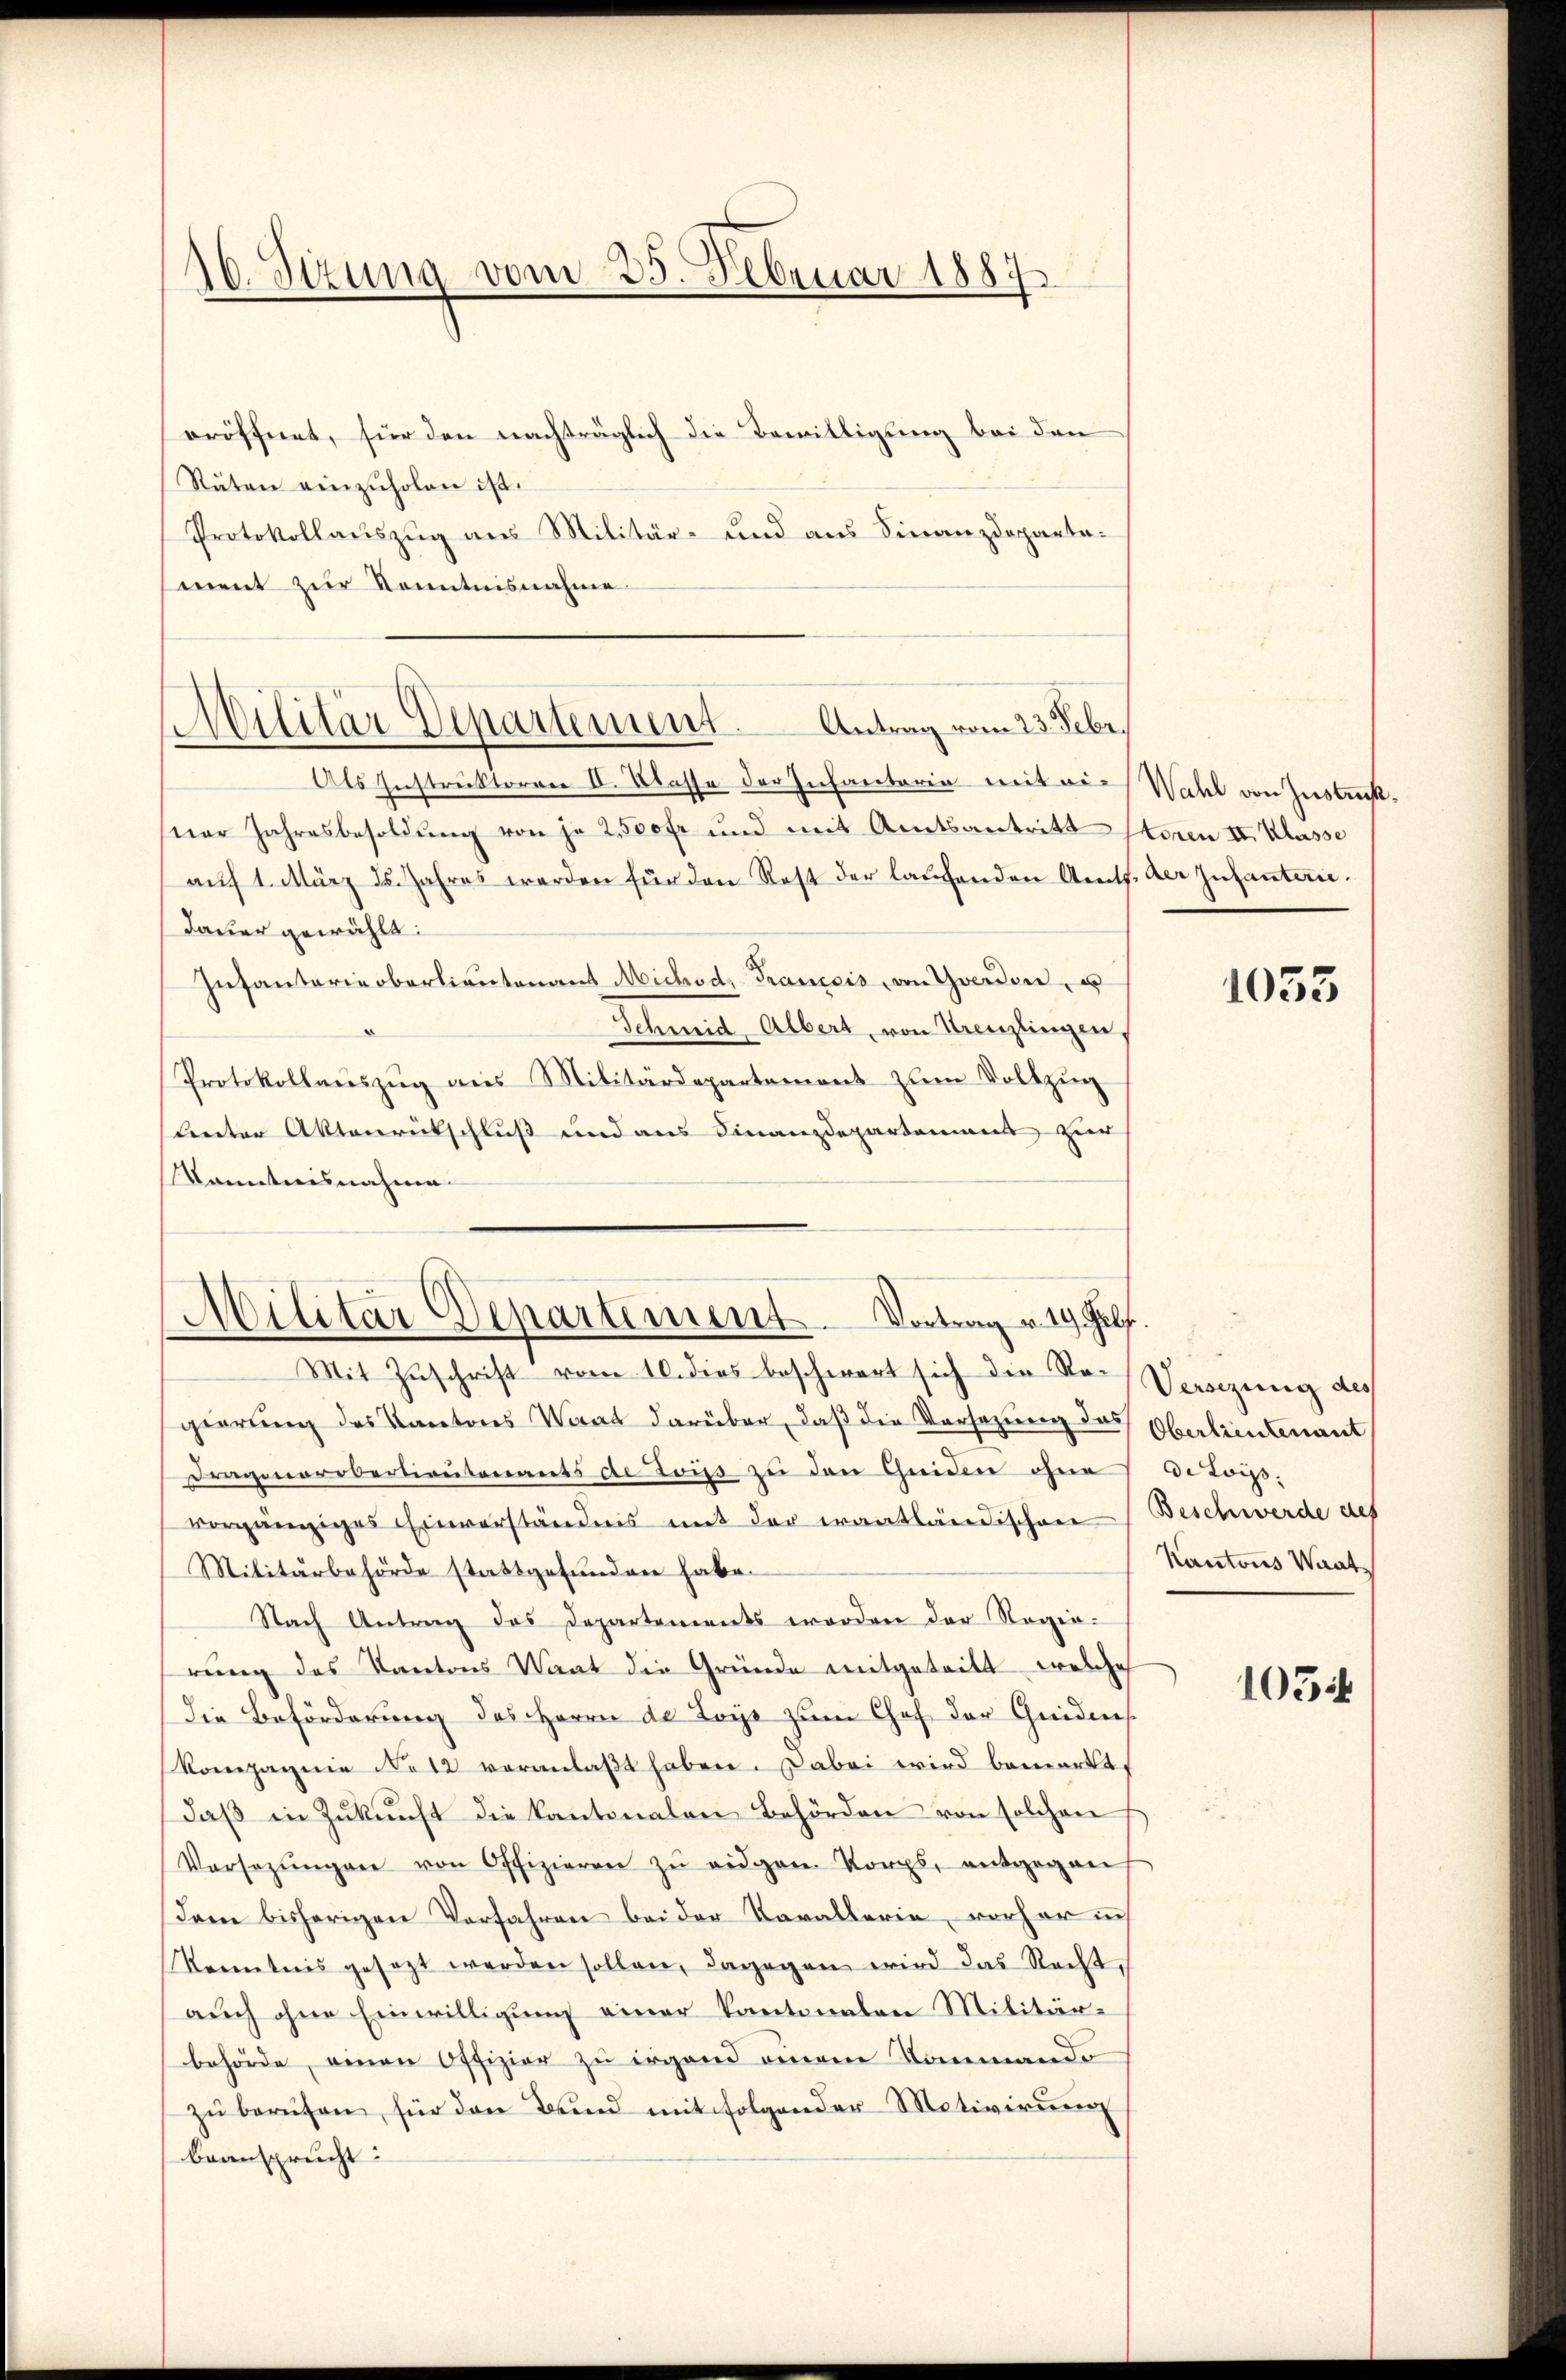
16. Sitzung vom 25. Februar 1887

eröffnet, für den nachträglich die Bewilligung bei den
Stäten einzuholen ist.
Protokollauszug aus Militär- und aus Finanzdepartement zur Kenntnisnahme.

Antrag vom 23. Febr.
Militär Departement.

Als Instruktoren II. Klasse der Infantaria mit die Wahl von Instruksner Jahresbesoldŭng von je 2500 fr und mit Amtsantritt Storen II. Klasse
aŭf 1. März ds. Jahres werden für den Rest der laufenden Amts. der Infanterie.
dauer gewählt:
Infantarie oberlieutenant Michod. Franceis von Goerden, u
Schmid Albert, von Kreuzlingen,
Protokollaŭszŭg ans Militärdepartemont zŭm Vollzŭg
Lnter Aktenrückschluß und aus Finanzdepartamens zur
Kenntnisnahme
Mit Zŭschrift vom 10. dies beschwert sich die Ro-Versezung des
gierung des Kantons Warat darüber, daß die Versezung des Oberlieutenant
Dragonerobertionsonants de Lois zu den Geiden ohne de Lois,
vorgängiges Einverständnis mit der erantländischen
Militärbehörde stattgefunden habe.
Nach Antrag das Departements worden der Regierung des Kantons Wert die Gründe mitgeteilt welche
Die Beförderung des Herrn de Loys zum Chef der Cridens
Kompagnie Notz veranlaßt haben. Dabei wird bemerkt,
daβ in Zŭkŭnft die kantonalen Behörden von solchen
Versezungen von Offizieren zŭ eidgen. Korps, entgegen
dem bisherigen Verfahren bei der Vorallerie vorher in
Kenntnis gesezt werden sollen, dagegen wird das Recht,
auch ohne Einwilligung einer Kantonalen Militärbehörde, einen Offizier zu irgend einem Kommando
zŭ berufen, für den Bund mit folgender Motivirung
beansprecht:

Militär Departement. Vortrag v. 19. Febr.

1033

Beschwerde des
Kantons Waat

105.